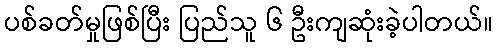
ပစ်ခတ်မှုဖြစ်ပြီး ပြည်သူ ၆ ဦးကျဆုံးခဲ့ပါတယ်။